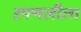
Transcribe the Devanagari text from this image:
रमणलीला